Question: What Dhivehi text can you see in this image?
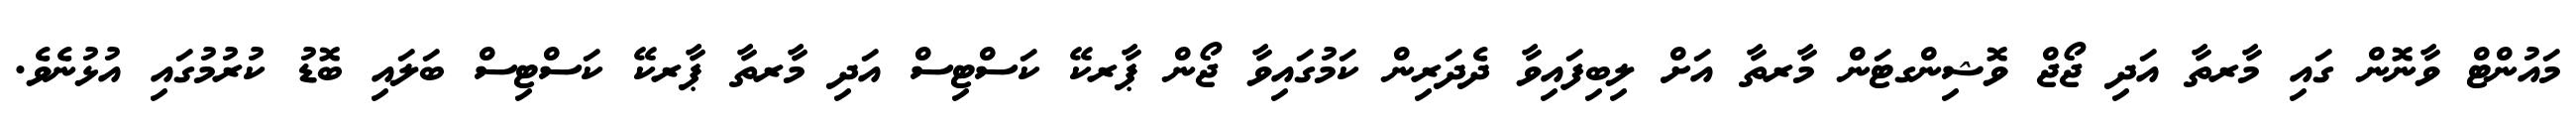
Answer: މައުންޓް ވާނޮން ގައި މާރތާ އަދި ޖޯޖް ވޮޝިންގޓަން މާރތާ އަށް ލިބިފައިވާ ދެދަރިން ކަމުގައިވާ ޖޯން ޕާރކޭ ކަސްޓިސް އަދި މާރތާ ޕާރކޭ ކަސްޓިސް ބަލައި ބޮޑު ކުރުމުގައި އުޅުނެވެ.